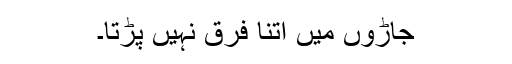
جاڑوں میں اتنا فرق نہیں پڑتا۔